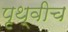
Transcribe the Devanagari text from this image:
पृथ्वीच